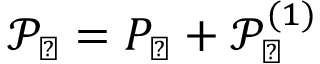
\mathcal { P } _ { \perp } = P _ { \perp } + \mathcal { P } _ { \perp } ^ { ( 1 ) }